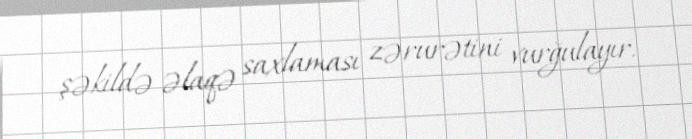
şəkildə əlaqə saxlaması zərurətini vurğulayır.